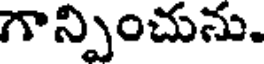
గాన్పించును.